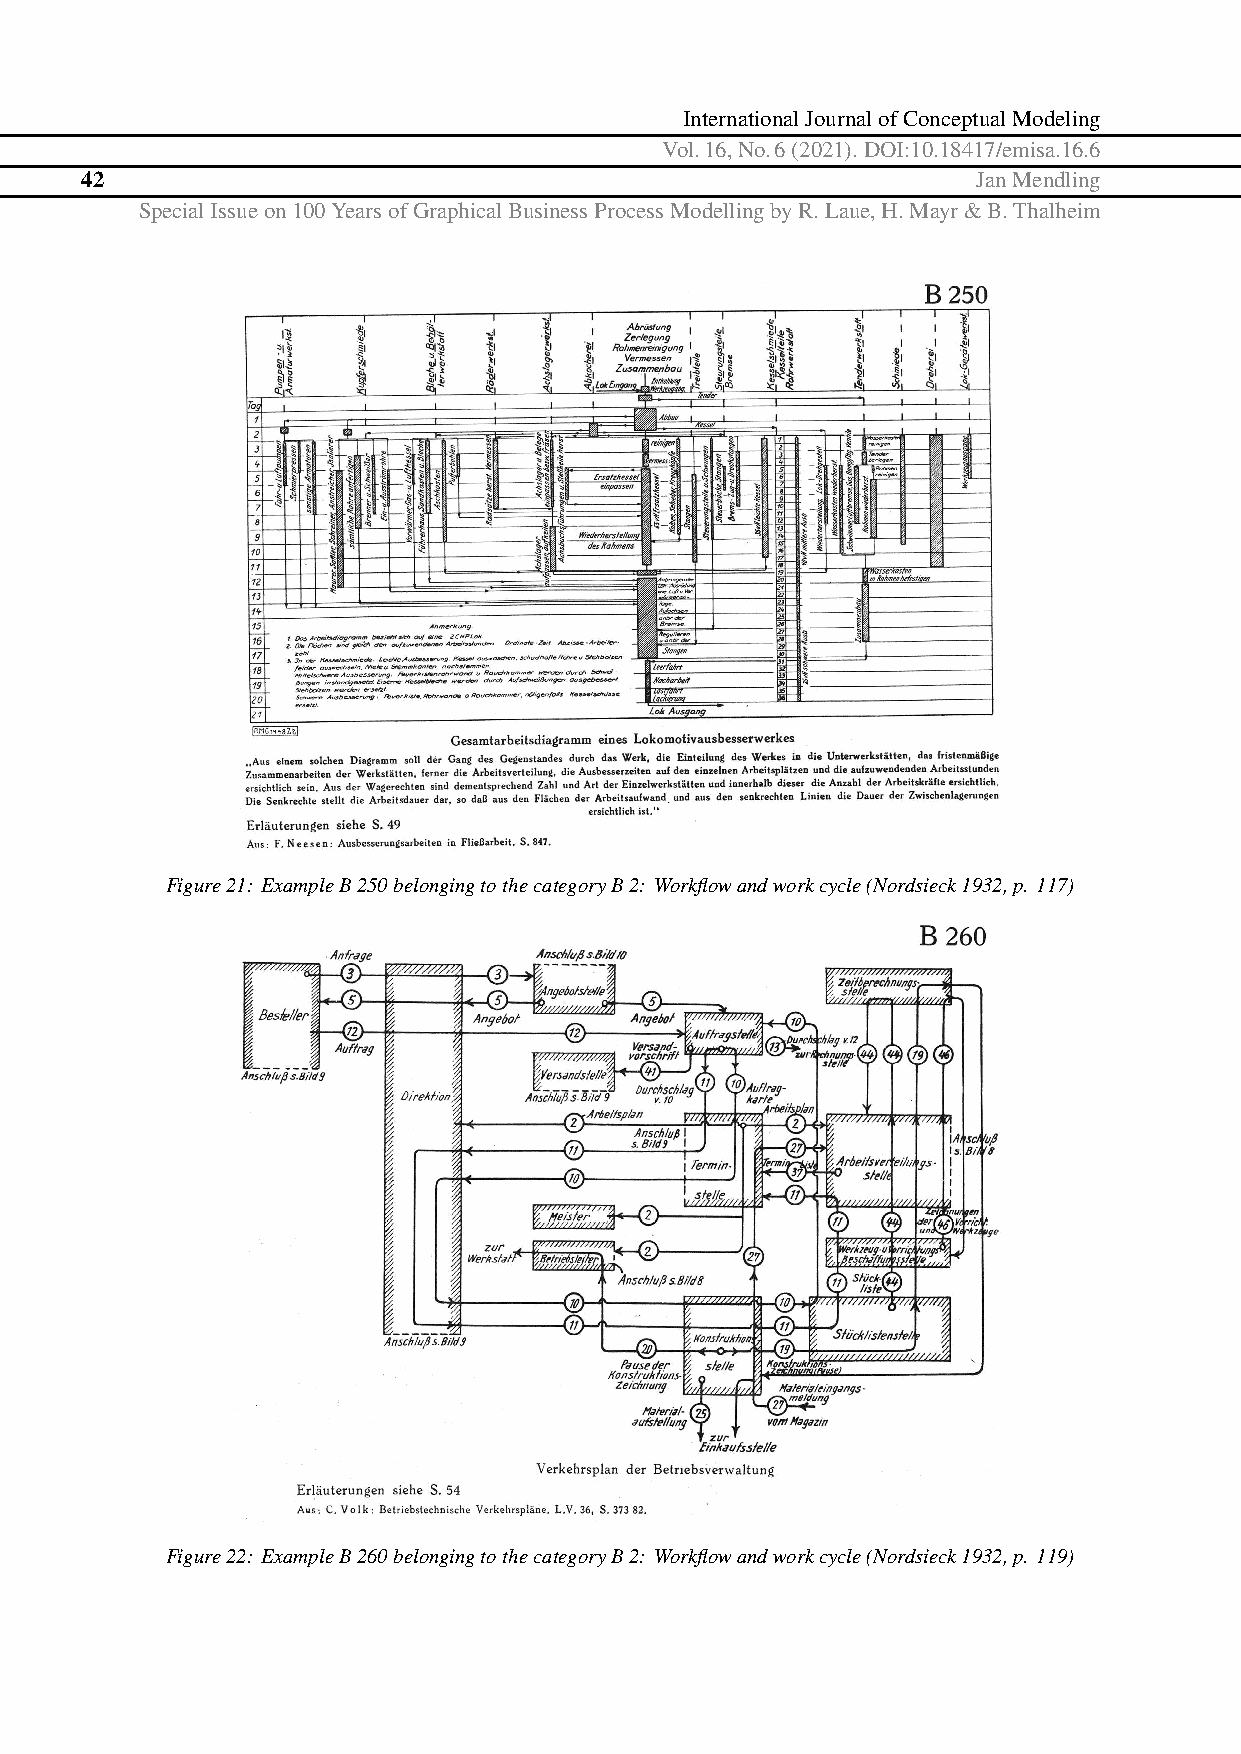
InternationalJournalofConceptualModeling
 Vol.16,No.6(2021).DOI:10.18417/emisa.16.6
 42                                                          JanMendling
 SpecialIssueon100YearsofGraphicalBusinessProcessModellingbyR.Laue,H.Mayr&B.Thalheim
 Figure21: ExampleB250belongingtothecategoryB2: Workflowandworkcycle(Nordsieck1932,p. 117)
 Figure22: ExampleB260belongingtothecategoryB2: Workflowandworkcycle(Nordsieck1932,p. 119)